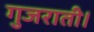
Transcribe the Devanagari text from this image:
गुजराती।